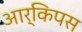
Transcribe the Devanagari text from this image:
आर्किपस